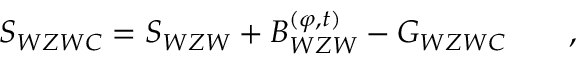
S _ { W Z W C } = S _ { W Z W } + { \cal B } _ { W Z W } ^ { ( \varphi , t ) } - { \cal G } _ { W Z W C } \qquad ,